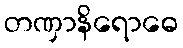
တဏှာနိရောဓေ